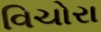
વિચોરા